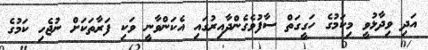
އަދި ވިދާޅުވީ މިކަމުގެ ހަގީގަތް ސާފުވެގެންދާއިރުގައި އެކަންވާނީ ވަކި ފަރާތަކަށް ނުޖެހި ކަމުގެ